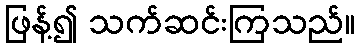
ဖြန့်၍ သက်ဆင်းကြသည်။